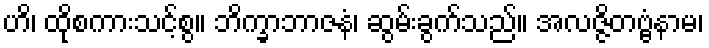
ဟိ၊ ထိုစကားသင့်စွ။ ဘိက္ခာဘာဇနံ၊ ဆွမ်းခွက်သည်။ အလဇ္ဇိတဗ္ဗံနာမ၊